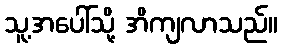
သူ့အပေါ်သို့ အိကျလာသည်။